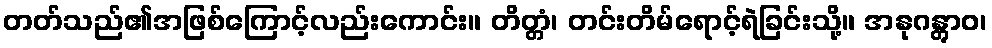
တတ်သည်၏အဖြစ်ကြောင့်လည်းကောင်း။ တိတ္တံ၊ တင်းတိမ်ရောင့်ရဲခြင်းသို့။ အနုဂန္တွာဝ၊